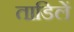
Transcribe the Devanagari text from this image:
ताडिलें